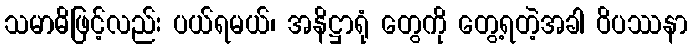
သမာဓိဖြင့်လည်း ပယ်ရမယ်၊ အနိဋ္ဌာရုံ တွေကို တွေ့ရတဲ့အခါ ဝိပဿနာ